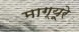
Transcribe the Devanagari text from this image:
माग्यूरे